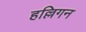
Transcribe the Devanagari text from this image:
हल्लिगन